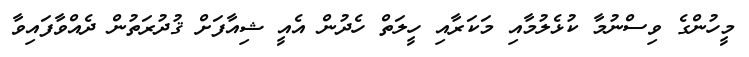
މީހުންގެ ވިސްނުމާ ކުޅެލުމާއި މަކަރާއި ހީލަތް ހެދުން އެއީ ޝިއާފަށް ޤުދުރަތުން ދެއްވާފައިވާ